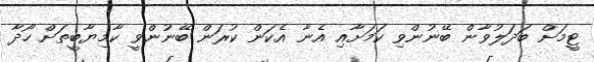
ޓީމަށް ބަދަލުވާން ބޭނުންވި ކަމަށާއި އެނާ އެކަން ކުރަން ބޭނުންވީ ކާމިޔާބީތަށް ހޯދާ